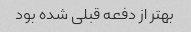
بهتر از دفعه قبلی شده بود